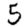
Digit: 5